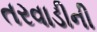
તરવાડીની